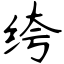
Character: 绔